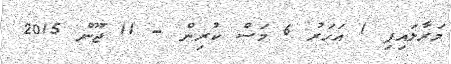
މަރާލައިފި 1 އަހަރު 6 މަސް ކުރިން - 11 ޖޫން 2015